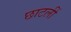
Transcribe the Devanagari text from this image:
छाटलीं